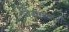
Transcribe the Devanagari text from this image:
चित्रसंस्थांनी